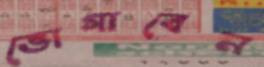
ভোগাবেন